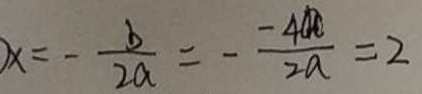
x = - \frac { - 4 a } { 2 a } = 2